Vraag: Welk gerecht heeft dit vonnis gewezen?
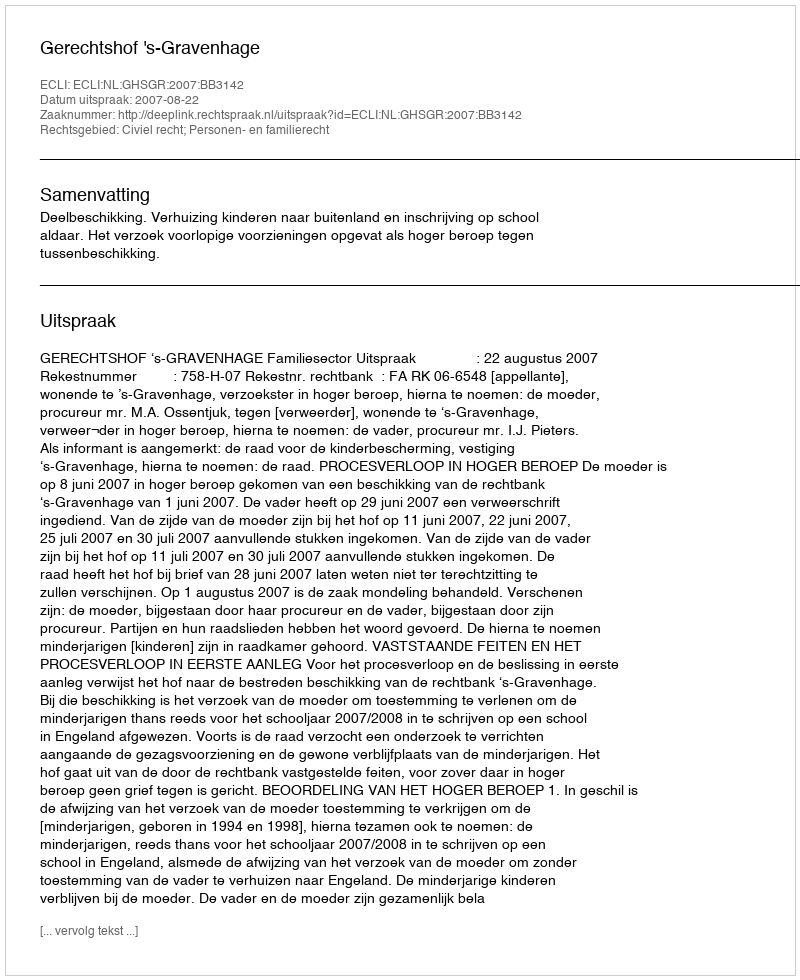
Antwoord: Gerechtshof 's-Gravenhage